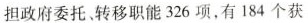
担政府委托、转移职能326项，有184个获